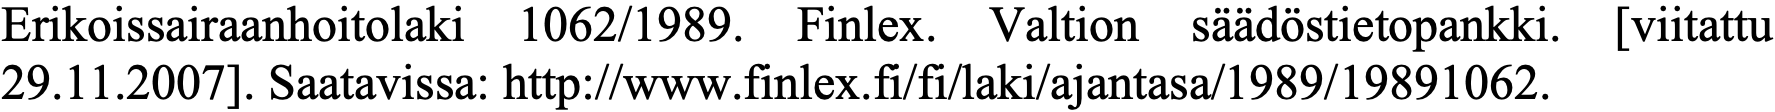
Erikoissairaanhoitolaki 1062/1989. Finlex. Valtion säädöstietopankki. [viitattu 29.11.2007]. Saatavissa: http://www.finlex.fi/fi/laki/ajantasa/1989/19891062.